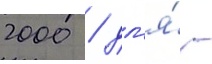
2000 / дл'я́ -